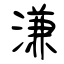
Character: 溓